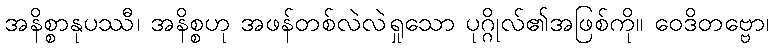
အနိစ္စာနုပဿီ၊ အနိစ္စဟု အဖန်တစ်လဲလဲရှုသော ပုဂ္ဂိုလ်၏အဖြစ်ကို။ ဝေဒိတဗ္ဗော၊